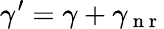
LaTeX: \gamma^{\prime}=\gamma+\gamma_{\mathrm{~n~r~}}